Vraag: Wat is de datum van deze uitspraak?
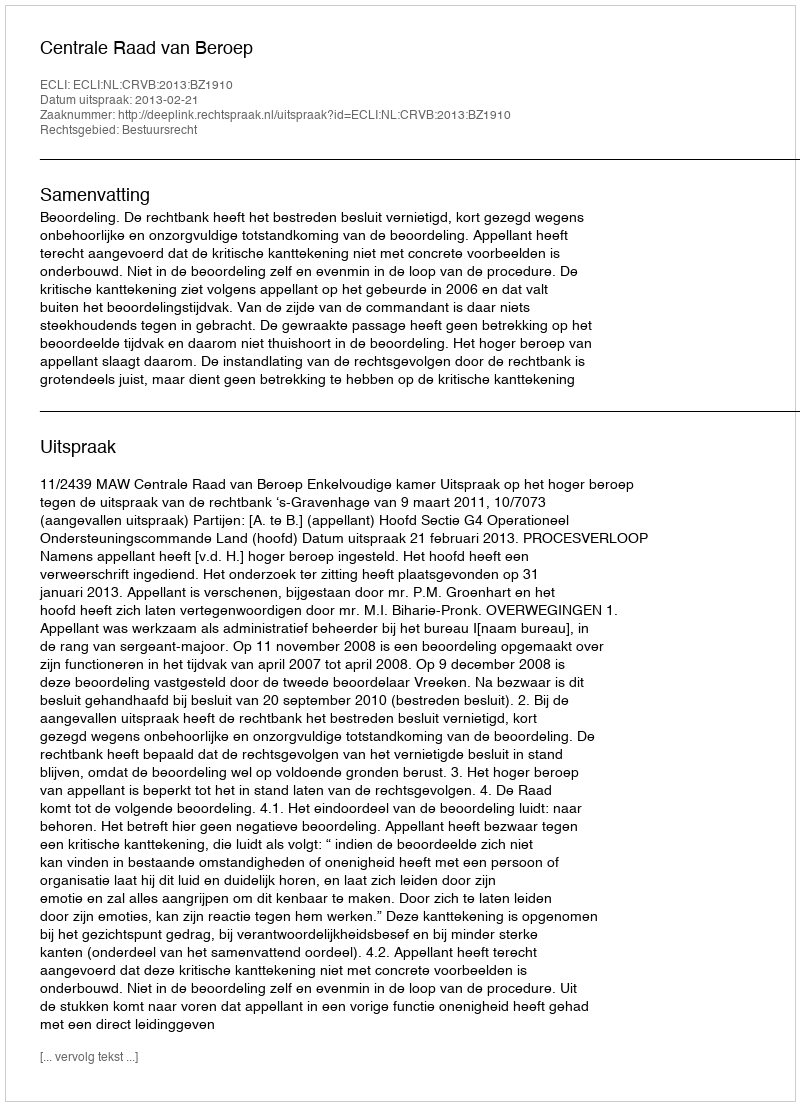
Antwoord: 2013-02-21